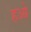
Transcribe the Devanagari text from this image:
हओ